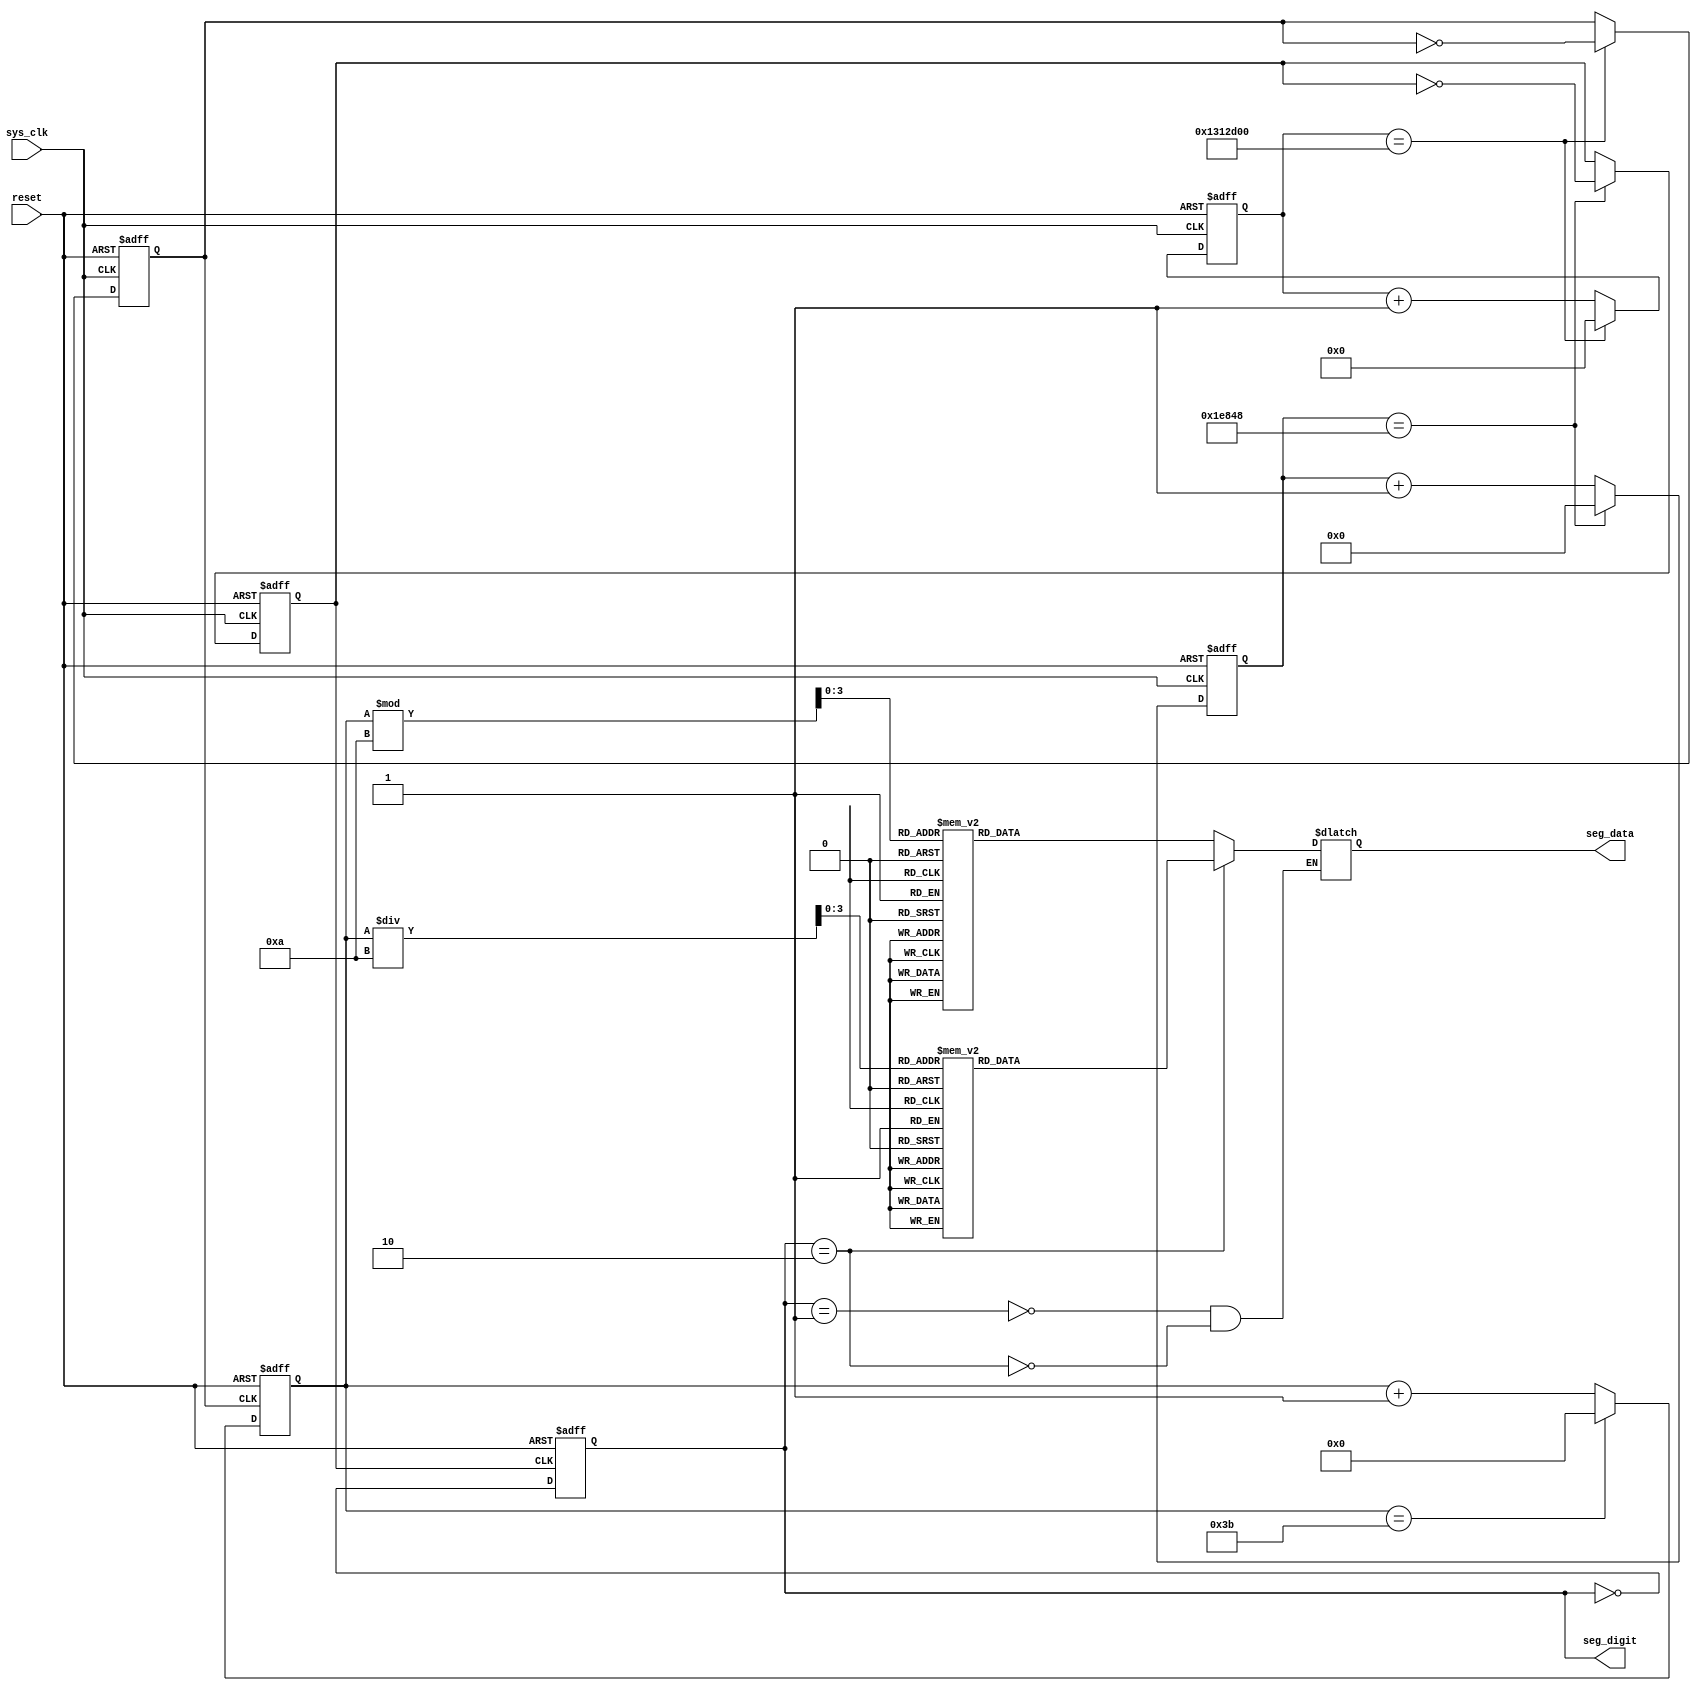
`timescale 1ns / 1ps
//////////////////////////////////////////////////////////////////////////////////
// Company: 
// Engineer: 
// 
// Design Name: 
// Module Name: and2
// Project Name: 
// Target Devices: 
// Tool Versions: 
// Description: 
// 
// Dependencies: 
// 
// Revision:
// Revision 0.01 - File Created
// Additional Comments:
// 
//////////////////////////////////////////////////////////////////////////////////


module watch(
    input reset, sys_clk, 
    output reg [1:0] seg_digit,
    output reg [6:0] seg_data
    );
    
    reg clk_1hz, clk_500;
    reg [25:0] clk_cnt;
    reg [16:0] digit_cnt;
    
    reg [6:0] sec;
    reg [3:0] sec_1digit;
    reg [3:0] sec_10digit;
    
    //   : 1 Hz
    always @(posedge sys_clk or posedge reset) begin
        if (reset)  begin 
            clk_cnt <= 0; clk_1hz <= 0; end
         else if (clk_cnt == 20000000 ) begin //  3 Hz 
//       else if (clk_cnt == 62499999 ) begin  //  1 Hz 
//        else if (clk_cnt == 12 ) begin   //
            clk_1hz <= ~clk_1hz;
            clk_cnt <= 0; end
        else clk_cnt <= clk_cnt + 1;
    end
    
    //     500Hz
    always @(posedge sys_clk or posedge reset) begin
        if (reset)  begin 
            digit_cnt <= 0; clk_500 <= 0; end
           else if (digit_cnt == 125000 ) begin  //  
//         else if (digit_cnt == 2 ) begin   //
            clk_500 <= ~clk_500;
            digit_cnt <= 0; end
        else digit_cnt <= digit_cnt + 1;
    end
    
    always @(posedge reset or posedge clk_1hz)
        if (reset) sec <= 0;
        else  begin
            if ( sec == 59 ) sec <= 0;
            else sec <= sec + 1;
        end
        
     always @(posedge reset or posedge clk_500)
        if (reset) seg_digit <= 2'b01;
        else  seg_digit <= ~seg_digit;
        
    always @ (sec) begin
        sec_1digit <= sec % 10;
        sec_10digit <= sec / 10;
    end
    
    always @ (seg_digit) 
        case (seg_digit)
            2'b01 :  case (sec_1digit)
                        0 : seg_data <= ~(7'b111_1110);
                        1 : seg_data <= ~(7'b011_0000);
                        2 : seg_data <= ~(7'b110_1101);
                        3 : seg_data <= ~(7'b111_1001);
                        4 : seg_data <= ~(7'b011_0011);
                        5 : seg_data <= ~(7'b101_1011);
                        6 : seg_data <= ~(7'b101_1111);
                        7 : seg_data <= ~(7'b111_0000);
                        8 : seg_data <= ~(7'b111_1111);
                        9 : seg_data <= ~(7'b111_1011);
                        default : seg_data <= ~(7'b000_0000);
                  endcase
            2'b10 :  case (sec_10digit)
                        0 : seg_data <= ~(7'b111_1110);
                        1 : seg_data <= ~(7'b011_0000);
                        2 : seg_data <= ~(7'b110_1101);
                        3 : seg_data <= ~(7'b111_1001);
                        4 : seg_data <= ~(7'b011_0011);
                        5 : seg_data <= ~(7'b101_1011);
                        6 : seg_data <= ~(7'b101_1111);
                        7 : seg_data <= ~(7'b111_0000);
                        8 : seg_data <= ~(7'b111_1111);
                        9 : seg_data <= ~(7'b111_1011);
                        default : seg_data <= ~(7'b000_0000);
                  endcase
        endcase
    
endmodule